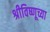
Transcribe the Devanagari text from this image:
श्रीविष्णूच्या